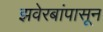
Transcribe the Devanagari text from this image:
झवेरबांपासून